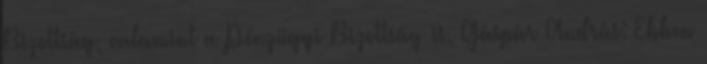
Bizottság, valamint a Pénzügyi Bizottság is. Gáspár András: Ebben